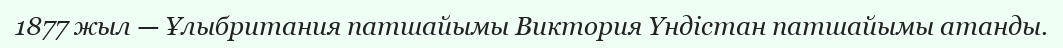
1877 жыл — Ұлыбритания патшайымы Виктория Үндістан патшайымы атанды.